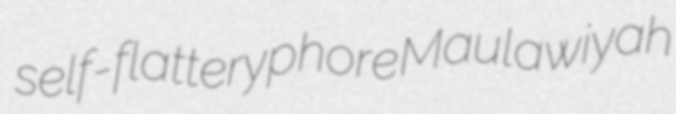
self-flattery phore Maulawiyah